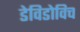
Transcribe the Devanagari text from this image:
डेविडोविच